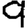
Digit: 9